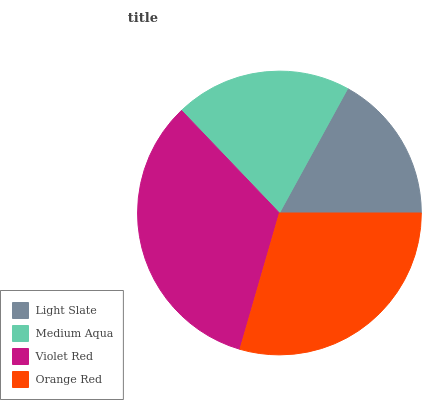
| Light Slate | Medium Aqua | Violet Red | Orange Red |
 | --- | --- | --- | --- |
 | 17% | 20.1% | 33.4% | 29.5% |